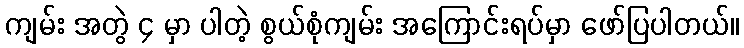
ကျမ်း အတွဲ ၄ မှာ ပါတဲ့ စွယ်စုံကျမ်း အကြောင်းရပ်မှာ ဖော်ပြပါတယ်။